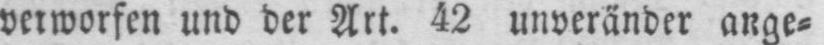
verworfen und der Art. 42 unveränder ange⸗